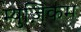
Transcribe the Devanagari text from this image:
म्युज़िकम